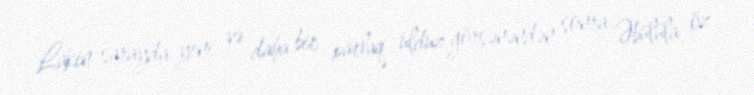
Lakin sarayda yeni və daha bir parlaq ulduz görsənəndən sonra Əbülüla öz